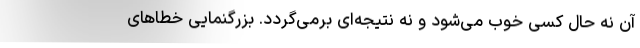
آن نه حال کسی خوب می‌شود و نه نتیجه‌ای برمی‌گردد. بزرگنمایی خطاهای